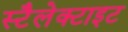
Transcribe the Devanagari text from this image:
स्टैलेक्टाइट